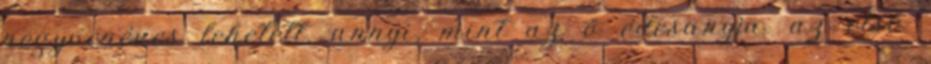
negyvenéves lehetett, annyi, mint az ő édesanyja. az első